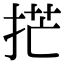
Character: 𫼳